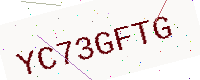
Text: YC73GFTG